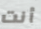
أنت